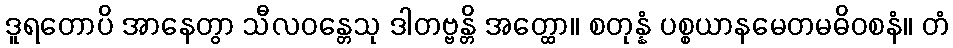
ဒူရတောပိ အာနေတွာ သီလဝန္တေသု ဒါတဗ္ဗန္တိ အတ္ထော။ စတုန္နံ ပစ္စယာနမေတမဓိဝစနံ။ တံ